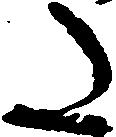
た